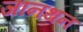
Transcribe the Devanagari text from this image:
जानथन